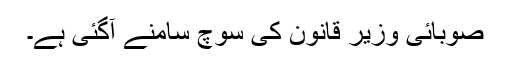
صوبائی وزیر قانون کی سوچ سامنے آگئی ہے۔